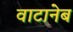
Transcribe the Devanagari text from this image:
वाटानेब